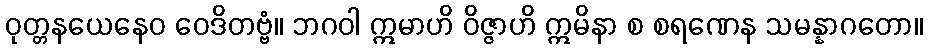
ဝုတ္တနယေနေဝ ဝေဒိတဗ္ဗံ။ ဘဂဝါ ဣမာဟိ ဝိဇ္ဇာဟိ ဣမိနာ စ စရဏေန သမန္နာဂတော။